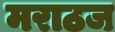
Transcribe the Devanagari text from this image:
मराठज